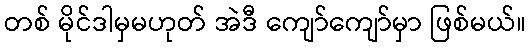
တစ် မိုင်ဒါမှမဟုတ် အဲဒီ ကျော်ကျော်မှာ ဖြစ်မယ်။